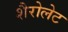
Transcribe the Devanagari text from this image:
शैरोलेट